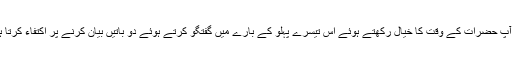
میں آپ حضرات کے وقت کا خیال رکھتے ہوئے اس تیسرے پہلو کے بارے میں گفتگو کرتے ہوئے دو باتیں بیان کرنے پر اکتفاء کرتا ہوں ۔